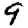
Digit: 9